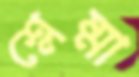
শ্লেষ্মা